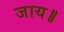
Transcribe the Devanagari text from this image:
जाय॥